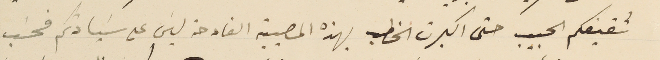
شقيقكم الحبيب حتى اكبرت الخطب بهذه المصيبة الفادحة ليسَ على سَيادتكم فحسَب